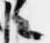
々